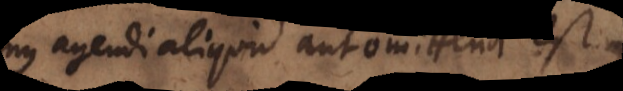
habemus agendi aliquid aut omittendi est